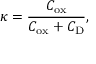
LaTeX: \kappa = { \frac { C _ { \mathrm { o x } } } { C _ { \mathrm { o x } } + C _ { \mathrm { D } } } } ,